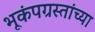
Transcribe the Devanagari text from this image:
भूकंपग्रस्तांच्या